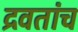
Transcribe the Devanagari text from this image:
द्रवतांच